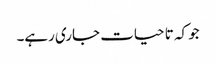
جو کہ تا حیات جاری رہے۔